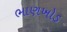
ભાણખોડ